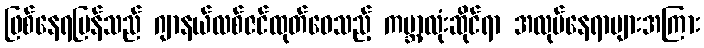
ဖြစ်နေရပြန်သည် ဂျာနယ်လစ်ဇင်ထုတ်ဝေသည့် ကမ္ဘာ့လုံးဆိုင်ရာ အလုပ်နေရာများအကြား